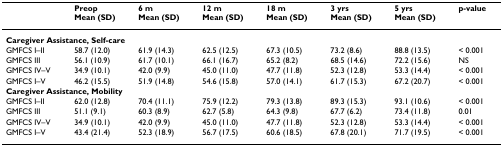
<table><thead><tr><td></td><td><b>PreopMean (SD)</b></td><td><b>6 mMean (SD)</b></td><td><b>12 mMean (SD)</b></td><td><b>18 mMean (SD)</b></td><td><b>3 yrsMean (SD)</b></td><td><b>5 yrsMean (SD)</b></td><td><b>p-value</b></td></tr></thead><tbody><tr><td colspan="8"><b>Caregiver Assistance, Self-care</b></td></tr><tr><td>GMFCS I–II</td><td>58.7 (12.0)</td><td>61.9 (14.3)</td><td>62.5 (12.5)</td><td>67.3 (10.5)</td><td>73.2 (8.6)</td><td>88.8 (13.5)</td><td>&lt; 0.001</td></tr><tr><td>GMFCS III</td><td>56.1 (10.9)</td><td>61.7 (10.1)</td><td>66.1 (16.7)</td><td>65.2 (8.2)</td><td>68.5 (14.6)</td><td>72.2 (15.6)</td><td>NS</td></tr><tr><td>GMFCS IV–V</td><td>34.9 (10.1)</td><td>42.0 (9.9)</td><td>45.0 (11.0)</td><td>47.7 (11.8)</td><td>52.3 (12.8)</td><td>53.3 (14.4)</td><td>&lt; 0.001</td></tr><tr><td>GMFCS I–V</td><td>46.2 (15.5)</td><td>51.9 (14.8)</td><td>54.6 (15.8)</td><td>57.0 (14.1)</td><td>61.7 (15.3)</td><td>67.2 (20.7)</td><td>&lt; 0.001</td></tr><tr><td colspan="8"><b>Caregiver Assistance, Mobility</b></td></tr><tr><td>GMFCS I–II</td><td>62.0 (12.8)</td><td>70.4 (11.1)</td><td>75.9 (12.2)</td><td>79.3 (13.8)</td><td>89.3 (15.3)</td><td>93.1 (10.6)</td><td>&lt; 0.001</td></tr><tr><td>GMFCS III</td><td>51.1 (9.1)</td><td>60.3 (8.9)</td><td>62.7 (5.8)</td><td>64.3 (9.8)</td><td>67.7 (6.2)</td><td>73.4 (11.8)</td><td>0.01</td></tr><tr><td>GMFCS IV–V</td><td>34.9 (10.1)</td><td>42.0 (9.9)</td><td>45.0 (11.0)</td><td>47.7 (11.8)</td><td>52.3 (12.8)</td><td>53.3 (14.4)</td><td>&lt; 0.001</td></tr><tr><td>GMFCS I–V</td><td>43.4 (21.4)</td><td>52.3 (18.9)</td><td>56.7 (17.5)</td><td>60.6 (18.5)</td><td>67.8 (20.1)</td><td>71.7 (19.5)</td><td>&lt; 0.001</td></tr></tbody></table>